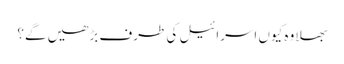
بھلا وہ کیوں اسرائیل کی طرف بڑھیں گے؟